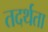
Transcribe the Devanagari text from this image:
तदर्थता